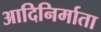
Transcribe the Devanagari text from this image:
आदिनिर्माता